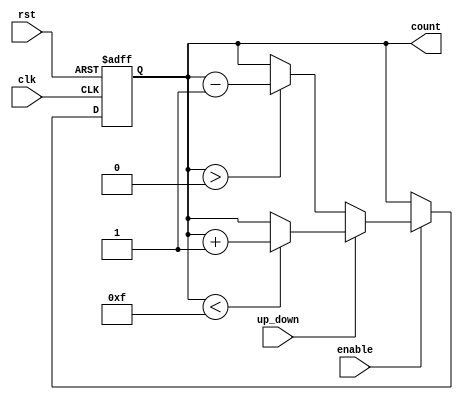
module up_down_counter #(
    parameter WIDTH = 4 // Parameter for counter width (number of bits)
)(
    input wire clk,            // Clock signal
    input wire rst,            // Asynchronous reset signal
    input wire up_down,        // Control signal for counting direction (1 for up, 0 for down)
    input wire enable,         // Enable signal for counting
    output reg [WIDTH-1:0] count // Current count output
);

// Always block for synchronous and asynchronous operations
always @(posedge clk or posedge rst) begin
    if (rst) begin
        count <= 0; // Reset count to zero
    end else if (enable) begin
        if (up_down) begin
            // Count up
            if (count < (1 << WIDTH) - 1) begin
                count <= count + 1; // Increment count
            end
        end else begin
            // Count down
            if (count > 0) begin
                count <= count - 1; // Decrement count
            end
        end
    end
end

endmodule